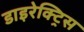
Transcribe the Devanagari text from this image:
डाइरेक्ट्रिस